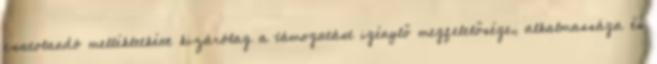
csatolandó mellékletként kizárólag a támogatást igénylő megfelelősége, alkalmassága és